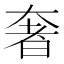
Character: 奢